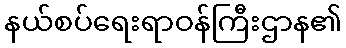
နယ်စပ်ရေးရာဝန်ကြီးဌာန၏